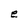
Character: e